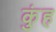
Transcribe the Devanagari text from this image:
कुंह